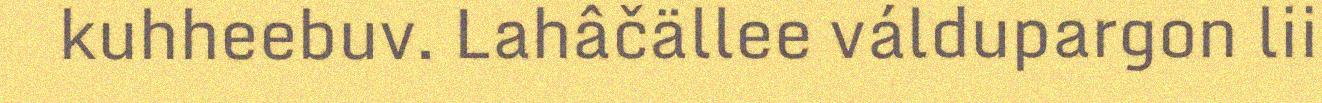
kuhheebuv. Lahâčällee váldupargon lii